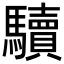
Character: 𩧈